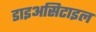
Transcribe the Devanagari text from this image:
डाइअसिटाइल